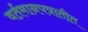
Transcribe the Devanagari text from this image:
वर्तमानपत्रातीत